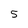
Character: 5